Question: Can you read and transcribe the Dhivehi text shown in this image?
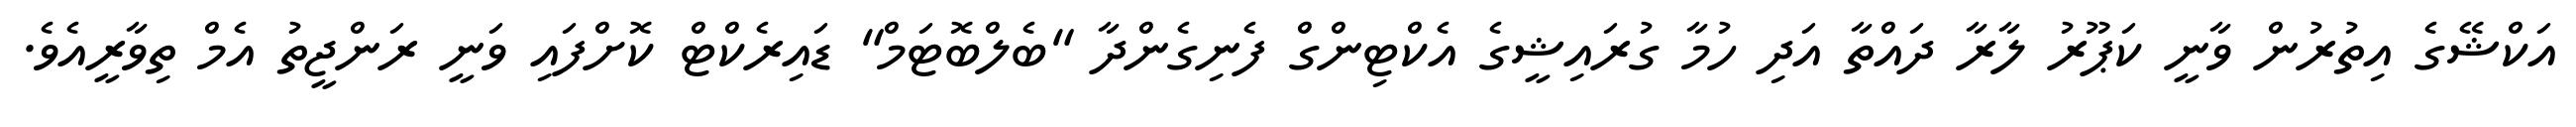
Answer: އަކްޝޭގެ އިތުރުން ވާނީ ކަޕޫރު ލާރާ ދައްތާ އަދި ހުމާ ގުރައިޝީގެ އެކްޓިންގް ފެނިގެންދާ "ބެލްބޮޓަމް" ޑައިރެކްޓް ކޮށްފައި ވަނީ ރަންޖީތު އެމް ތިވާރީއެވެ.